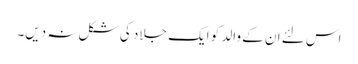
اس لئے ان کے والد کو ایک جلاد کی شکل نہ دیں۔